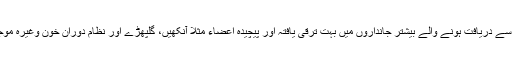
اس پرت سے دریافت ہونے والے بیشتر جانداروں میں بہت ترقی یافتہ اور پیچیدہ اعضاء مثلاً آنکھیں، گلپھڑے اور نظام دورانِ خون وغیرہ موجود تھے۔